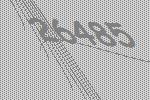
26485